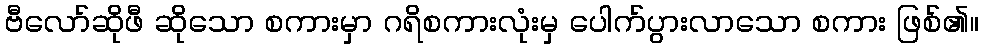
ဗီလော်ဆိုဖီ ဆိုသော စကားမှာ ဂရိစကားလုံးမှ ပေါက်ပွားလာသော စကား ဖြစ်၏။